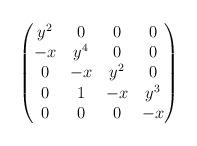
LaTeX: \begin{align*}\begin{pmatrix}y^2 & 0 &0 &0\\-x & y^4 &0 &0\\0& -x &y^2 &0\\0 & 1 & -x & y^3\\0 &0 & 0& -x \end{pmatrix}\end{align*}